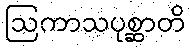
ဩကာသပုစ္ဆာတိ